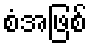
စံအဖြစ်